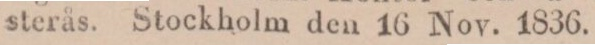
sterås. Stockholm den 16 Nov. 1836.